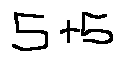
5 + 5